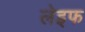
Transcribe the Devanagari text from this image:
लेइफ